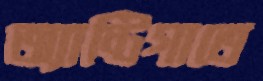
অ্যান্টিগাতে